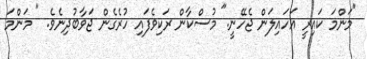
"މަންމަ ކައިރީ އަހައިލަން ޖެހޭނީ." މުސްކާން ރަކިވެފައި ހުރެގެން ޖަވާބުދިނެވެ. " މަންމަ